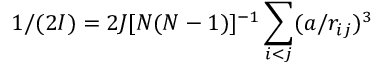
1 / ( 2 I ) = 2 J [ N ( N - 1 ) ] ^ { - 1 } \sum _ { i < j } ( a / r _ { i j } ) ^ { 3 }